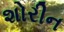
શોરીન